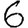
Digit: 6